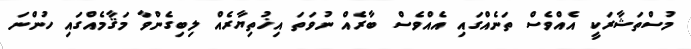
މުސްތަޝާރަކީ އެއްވެސް ތަނެއްގައި އެއްވެސް ބާރެއް ނުވަތަ އިޚުތިޔާރެއް ލިބިގެންވާ މަޤާމެއްގައި ހުންނަ